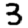
Digit: 3